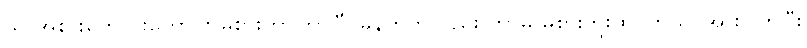
သူ အစားကောင်းကောင်း မစားတာကြာပြီ၊ မနက်ကလည်း ဘာမှ မစားဘူးထင်တယ်၊ အားပြတ်ပြီး